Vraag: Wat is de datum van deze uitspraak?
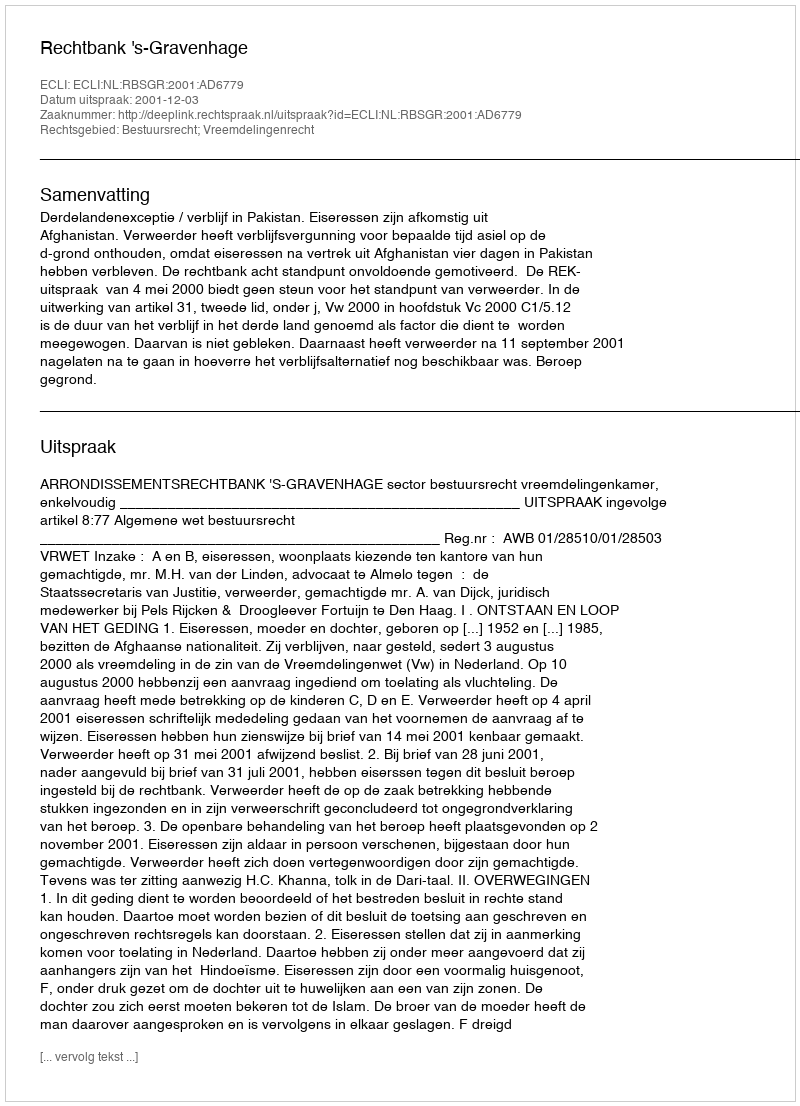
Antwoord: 2001-12-03